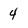
Character: 4